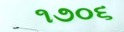
૧૭૦૬